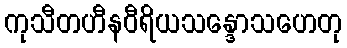
ကုသီတဟီနဝီရိယသန္ဒောသဟေတု